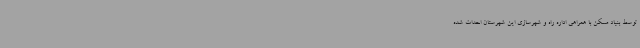
توسط بنیاد مسکن با همراهی اداره راه و شهرسازی این شهرستان احداث شده